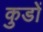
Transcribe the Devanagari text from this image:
कुडों